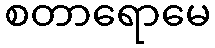
စတာရောမေ